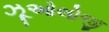
ઝૂઓલોજી